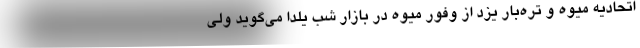
اتحادیه میوه و تره‌بار یزد از وفور میوه در بازار شب یلدا می‌گوید ولی